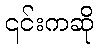
၎င်းကဆို